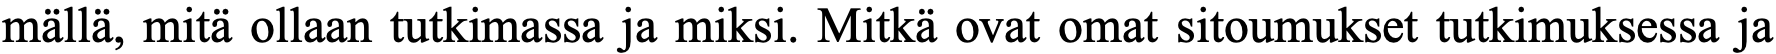
mällä, mitä ollaan tutkimassa ja miksi. Mitkä ovat omat sitoumukset tutkimuksessa ja